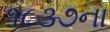
૧૮૩૭ના